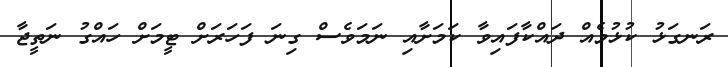
ރަނގަޅު ކުޅުމެއް ދައްކާފައިވާ ކަމަށާއި ނަމަވެސް ގިނަ ފަހަރަށް ޓީމަށް ހައްގު ނަތީޖާ